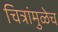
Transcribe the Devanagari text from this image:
चित्रांमुळेच